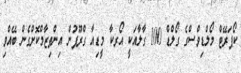
ކޯޕަރޭޓް މޯލްޑިވްސްގެ ގޯލްޑް 100 ގާލާއަކީ އޯރކާ މީޑިއާ ގްރޫޕުން އިންތިޒާމްކޮށްގެން ބޭއްވި